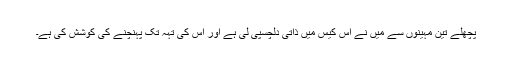
پچھلے تین مہینوں سے میں نے اس کیس میں ذاتی دلچسپی لی ہے اور اس کی تہہ تک پہنچنے کی کوشش کی ہے۔